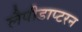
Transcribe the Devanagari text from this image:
लैपीडाप्टरन